Lunatic asylums United Provinces 1899-1908 - 1899-1908
Year: 1899
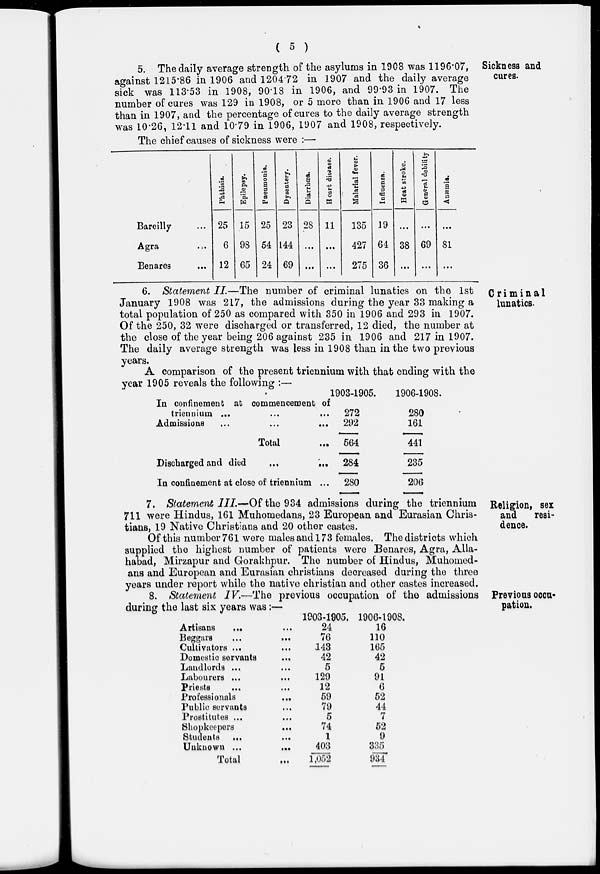
( 5 )
Sickness and
cures.
5. The daily average strength of the asylums in 1908 was 1196.07,
against 1215.86 in 1906 and 1204.72 in 1907 and the daily average
sick was 113.53 in 1908, 90.18 in 1906, and 99.93 in 1907. The
number of cures was 129 in 1908, or 5 more than in 1906 and 17 less
than in 1907, and the percentage of cures to the daily average strength
was 10.26, 12.11 and 10.79 in 1906, 1907 and 1908, respectively.
The chief causes of sickness were :—
Bareilly ...
Agra ...
Benares ...
Phthisis.
25
6
12
Epilepsy.
15
98
65
Pneumonia.
25
54
24
Dysentery.
23
144
69
Diarrhœa.
28
...
...
Heart disease.
11
...
...
Malarial fever.
135
427
275
Influenza.
19
64
36
Heat stroke.
...
38
...
General debility
...
69
...
Anæmia.
...
81
...
Criminal
lunatics.
6. Statement II.—The number of criminal lunatics on the 1st
January 1908 was 217, the admissions during the year 33 making a
total population of 250 as compared with 350 in 1906 and 293 in 1907.
Of the 250, 32 were discharged or transferred, 12 died, the number at
the close of the year being 206 against 235 in 1906 and 217 in 1907.
The daily average strength was less in 1908 than in the two previous
years.
A comparison of the present triennium with that ending with the
year 1905 reveals the following :—
In confinement at commencement of
triennium ... ... ...
Admissions ... ... ...
Total ...
Discharged and died
...
...
In confinement at close of triennium ...
1903-1905.
272
292
564
284
280
1906-1908.
280
161
441
235
206
Religion, sex
and
resi-
dence.
7. Statement III.—Of the 934 admissions during the triennium
711 were Hindus, 161 Muhomedans, 23 European and Eurasian. Chris-
tians, 19 Native Christians and 20 other castes.
Of this number 761 were males and 173 females. The districts which
supplied the highest number of patients were Benares, Agra, Alla-
habad, Mirzapur and Gorakhpur. The number of Hindus, Muhomed-
ans and European and Eurasian christians decreased during the three
years under report while the native christian and other castes increased.
Previous occu-
pation.
8. Statement IV.—The previous occupation of the admissions
during the last six years was:—
Artisans
... ...
Beggars ... ...
Cultivators ... ...
Domestic servants ...
Landlords ... ...
Labourers ... ...
Priests ... ...
Professionals
...
...
Public servants ... ...
Prostitutes ... ...
Shopkeepers ...
Students ... ...
Unknown ...
...
Total ...
1903-1905.
24
76
143
42
5
129
12
59
79
5
74
1
403
1,052
1906-1908.
16
110
165
42
5
91
6
52
44
7
52
9
335
934